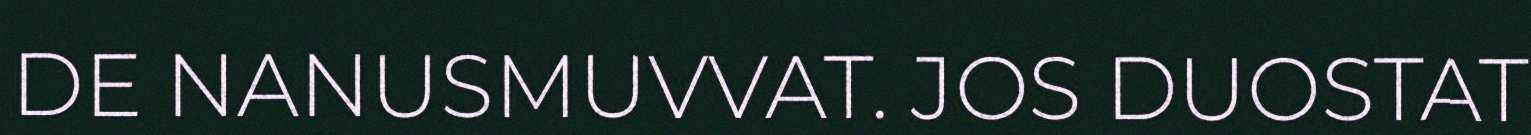
DE NANUSMUVVAT. JOS DUOSTAT